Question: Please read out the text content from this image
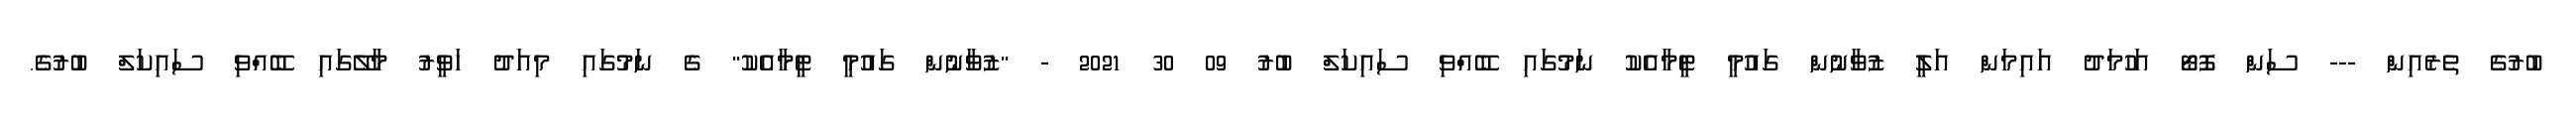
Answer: ބުރުގެ ތެރެއިން --- ސަން ފޮޓޯ އަހުމަދު އައިމަން އަލީ ޒުވާނުން ގައުމީ ޓީމާއެކު ނަމުގައި ބޭއްވި ސައިކަލް ބުރު 09 30 2021 - "ޒުވާނުން ގައުމީ ޓީމާއެކު" ގެ ނަމުގައި މިއަދު ހަވީރު މާލޭގައި ބޭއްވި ސައިކަލް ބުރުގެ.